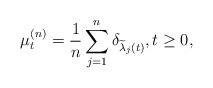
LaTeX: \begin{align*}\mu_{t}^{(n)}=\frac{1}{n}\sum_{j=1}^{n}\delta_{\widetilde{\lambda}_{j}(t)},t\geq0,\end{align*}